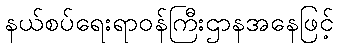
နယ်စပ်ရေးရာဝန်ကြီးဌာနအနေဖြင့်